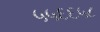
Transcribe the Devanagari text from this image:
५५६६५८